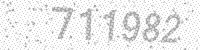
Solution: 711982